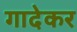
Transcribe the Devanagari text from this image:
गादेकर